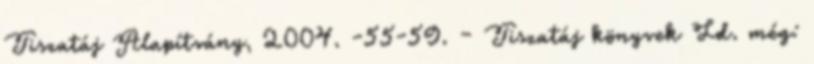
Tiszatáj Alapítvány, 2004. -55-59. – Tiszatáj könyvek Ld. még: